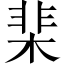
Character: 棐